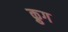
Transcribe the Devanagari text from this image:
क्रुग